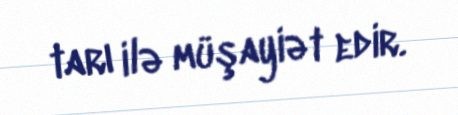
tarı ilə müşayiət edir.